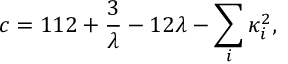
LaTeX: c = 1 1 2 + { \frac { 3 } { \lambda } } - 1 2 \lambda - \sum _ { i } \kappa _ { i } ^ { 2 } ,